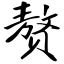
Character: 赘